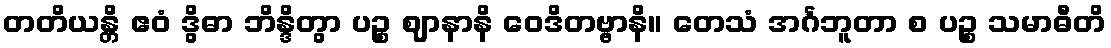
တတိယန္တိ ဧဝံ ဒွိဓာ ဘိန္ဒိတွာ ပဉ္စ ဈာနာနိ ဝေဒိတဗ္ဗာနိ။ တေသံ အင်္ဂဘူတာ စ ပဉ္စ သမာဓီတိ